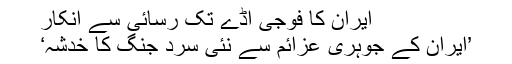
ایران کا فوجی اڈے تک رسائی سے انکار
’ایران کے جوہری عزائم سے نئی سرد جنگ کا خدشہ‘